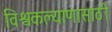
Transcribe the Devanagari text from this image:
विश्वकल्याणासाठी